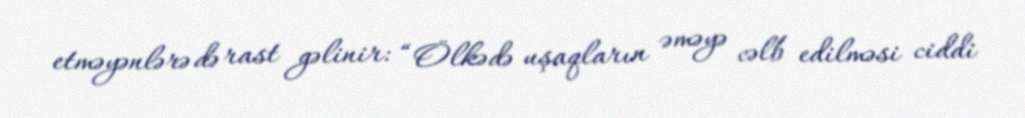
etməyənlərə də rast gəlinir: “Ölkədə uşaqların əməyə cəlb edilməsi ciddi